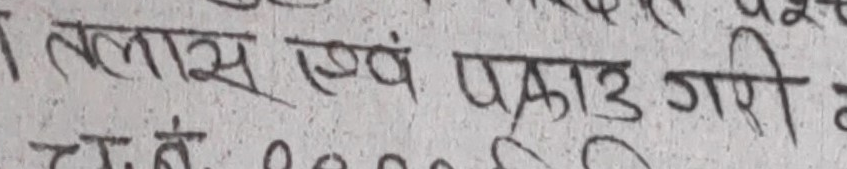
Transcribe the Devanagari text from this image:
तलास एवं प्रकाउ गरी